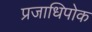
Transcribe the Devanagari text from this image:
प्रजाधिपोक